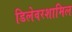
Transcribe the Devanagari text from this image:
डिलेवरशामिल